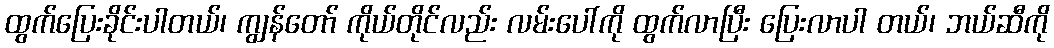
ထွက်ပြေးခိုင်းပါတယ်၊ ကျွန်တော် ကိုယ်တိုင်လည်း လမ်းပေါ်ကို ထွက်လာပြီး ပြေးလာပါ တယ်၊ ဘယ်ဆီကို